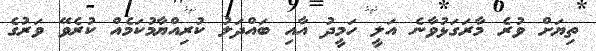
ތިޔަށް ވުރެ މާރަގަޅުވާނެ އަލީ ހަމީދު އާއި ބައްދަލު ކުރިއްޔާމުކަމެއް ކުރެވޭ ވަރުގެ